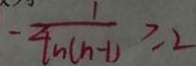
- \frac { 1 } { 4 n ( n - 1 ) } \geq 2